Report of the Indian Hemp Drugs Commission, 1894-1895 - Volume V
Year: 1894
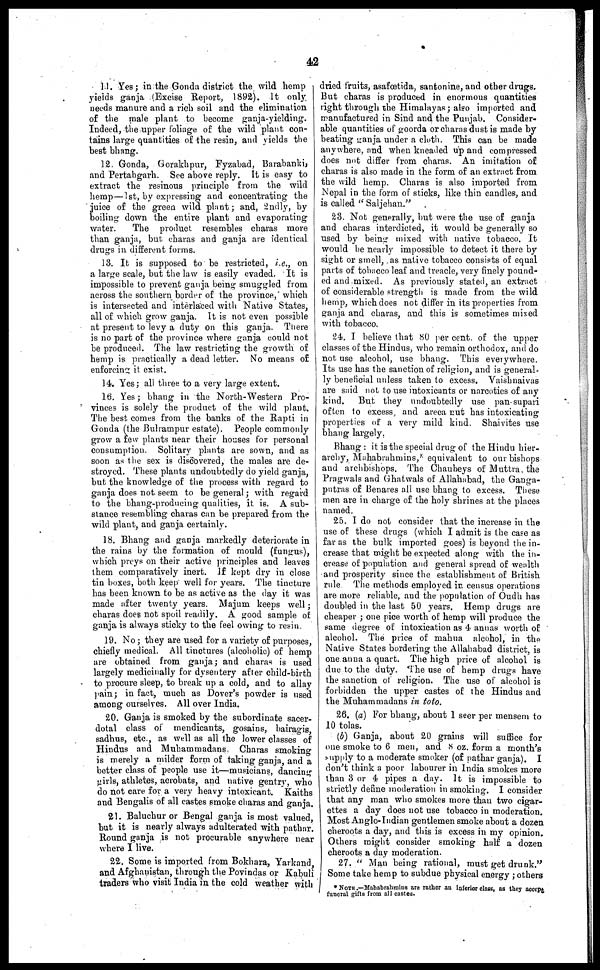
42
11. Yes ; in the Gonda district the wild hemp
yields ganja (Excise Report, 1892). It only
needs manure and a rich soil and the elimination
of the male plant to become ganja-yielding.
Indeed, the upper foliage of the wild plant con-
tains large quantities of the resin, and yields the
best bhang.
12. Gonda, Gorakhpur, Fyzabad, Barabanki,
and Pertabgarh. See above reply. It is easy to
extract the resinous principle from the wild
hemp—1st, by expressing and concentrating the
juice of the green wild plant; and, 2ndly, by
boiling down the entire plant and evaporating
water.
The product resembles charas more
than ganja, but charas and ganja are identical
drugs in different forms.
13. It is supposed to be restricted, i.e., on
a large scale, but the law is easily evaded. It is
impossible to prevent ganja being smuggled from
across the southern border of the province, which
is intersected and interlaced with Native States,
all of which grow ganja. It is not even possible
at present to levy a duty on this ganja. There
is no part of the province where ganja could not
be produced. The law restricting the growth of
hemp is practically a dead letter. No means of
enforcing it exist.
14. Yes ; all three to a very large extent.
16. Yes ; bhang in the North-Western Pro-
vinces is solely the product of the wild plant.
The best comes from the banks of the Rapti in
Gonda (the Bulrampur estate). People commonly
grow a few plants near their houses for personal
consumption. Solitary plants are sown, and as
soon as the sex is discovered, the males are de-
stroyed. These plants undoubtedly do yield ganja,
but the knowledge of the process with regard to
ganja does not seem to be general ; with regard
to the bhang-producing qualities, it is. A sub-
stance resembling charas can be prepared from the
wild plant, and ganja certainly.
18. Bhang and ganja markedly deteriorate in
the rains by the formation of mould (fungus),
which preys on their active principles and leaves
them comparatively inert. If kept dry in close
tin boxes, both keep well for years. The tincture
has been known to be as active as the day it was
made after twenty years. Majum keeps well ;
charas does not spoil readily. A good sample of
ganja is always sticky to the feel owing to resin.
19. No ; they are used for a variety of purposes,
chiefly medical. All tinctures (alcoholic) of hemp
are obtained from ganja; and charas is used
largely medicinally for dysentery after child-birth
to procure sleep, to break up a cold, and to allay
pain; in fact, much as Dover's powder is used
among ourselves. All over India.
20. Ganja is smoked by the subordinate sacer-
dotal class of mendicants, gosains, bairagis,
sadhus, etc., as well as all the lower classes of
Hindus and Muhammadans. Charas smoking
is merely a milder form of taking ganja, and a
better class of people use it—musicians, dancing
girls, athletes, acrobats, and native gentry, who
do not care for a very heavy intoxicant. Kaiths
and Bengalis of all castes smoke charas and ganja.
21. Baluchur or Bengal ganja is most valued,
but it is nearly always adulterated with pathar.
Round ganja is not procurable anywhere near
where I live.
22. Some is imported from Bokhara, Yarkand,
and Afghanistan, through the Povindas or Kabuli
traders who visit India in the cold weather with
dried fruits, asafœtida, santonine, and other drags.
But charas is produced in enormous quantities
right through the Himalayas ; also imported and
manufactured in Sind and the Punjab. Consider-
able quantities of goorda or charas dust is made by
beating ganja under a cloth. This can be made
anywhere, and when kneaded up and compressed
does not differ from charas. An imitation of
charas is also made in the form of an extract from
the wild hemp. Charas is also imported from
Nepal in the form of sticks, like thin candles, and
is called "Saljehan."
23. Not generally, but were the use of ganja
and charas interdicted, it would be generally so
used by being mixed with native tobacco. It
would be nearly impossible to detect it there by
sight or smell, as native tobacco consists of equal
parts of tobacco leaf and treacle, very finely pound-
ed and mixed. As previously stated, an extract
of considerable strength is made from the wild
hemp, which does not differ in its properties from
ganja and charas, and this is sometimes mixed
with tobacco.
24. I believe that 80 per cent. of the upper
classes of the Hindus, who remain orthodox, and do
not use alcohol, use bhang. This everywhere.
Its use has the sanction of religion, and is general-
ly beneficial unless taken to excess. Vaishnaivas
are said not to use intoxicants or narcotics of any
kind. But they undoubtedly use pan.supari
often 1o excess, and areca nut has intoxicating
properties of a very mild kind. Shaivites use
bhang largely.
Bhang : it is the special drug of the Hindu hier-
archy, Mahabrahmins, equivalent to our bishops
and archbishops. The Chaubeys of Muttra the
Pragwals and Ghatwals of Allahabad, the Ganga-
putras of Benares all use bhang to excess. These
men are in charge of the holy shrines at the places
named.
25. I do not consider that the increase in the
use of these drugs (which I admit is the case as
far as the bulk imported goes) is beyond the in-
crease that might be expected along with the in-
crease of population and general spread of wealth
and prosperity since the establishment of British
rule. The methods employed in census operations
are more reliable, and the population of Oudh has
doubled in the last 50 years. Hemp drugs are
cheaper ; one pice worth of hemp will produce the
same degree of intoxication as 4 annas worth of
alcohol. The price of mahua alcohol, in the
Native States bordering the Allahabad district, is
one anna a quart. The high price of alcohol is
due to the duty. The use of hemp drugs have
the sanction of religion. The use of alcohol is
forbidden the upper castes of the Hindus and
the Muhammadans in toto.
26. (a) For bhang, about 1 seer per mensem to
10 tolas.
(b) Ganja, about 20 grains will suffice for
one smoke to 6 men, and 8 oz. form a month's
supply to a moderate smoker (of pathar ganja). I
don't think a poor labourer in India smokes more
than 3 or 4 pipes a day. It is impossible to
strictly define moderation in smoking. I consider
that any man who smokes more than two cigar-
ettes a day does not use tobacco in moderation.
Most Anglo-Indian gentlemen smoke about a dozen
cheroots a day, and this is excess in my opinion.
Others might consider smoking half a dozen
cheroots a day moderation.
27. " Man being rational, must get drunk."
Some take hemp to subdue physical energy ; others
* NOTE.—Mahabrahmins are rather an inferior class, as they accept
funeral gifts from all castes.